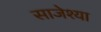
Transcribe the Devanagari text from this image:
साजेश्या